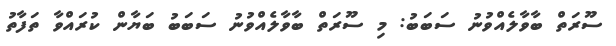
ސޫރަތް ބާވާލެއްވުނު ސަބަބު: މި ސޫރަތް ބާވާލެއްވުނު ސަބަބު ބަޔާން ކުރައްވާ ތަފާތު